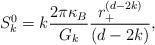
LaTeX: \begin{align*}S_{k}^{0}=k\frac{2\pi \kappa _{B}}{G_{k}}\frac{r_{+}^{(d-2k)}}{(d-2k)},\end{align*}